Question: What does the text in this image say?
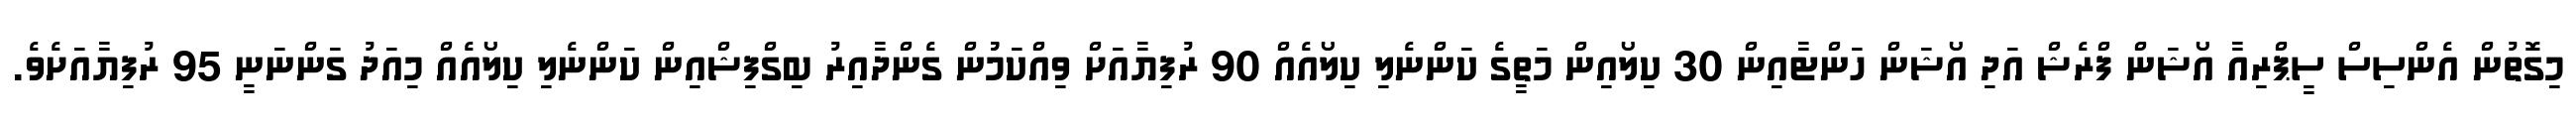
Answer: މިގޮތުން އެންސިސް ސީޕްރިއާ އޯޝަން ފްރެޝް އަދި އޯޝަން ހަންޓާއިން 30 ކިލޯއިން މަތީގެ ކަންނެލި ކިލޯއެއް 90 ރުފިޔާއަށް ވިއްކަމުުން ގެންދާއިރު ބިގްފިޝްއިން ކަންނެލި ކިލޯއެއް މިއަދު ގަންނަނީ 95 ރުފިޔާއަށެވެ.